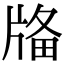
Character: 𤗌